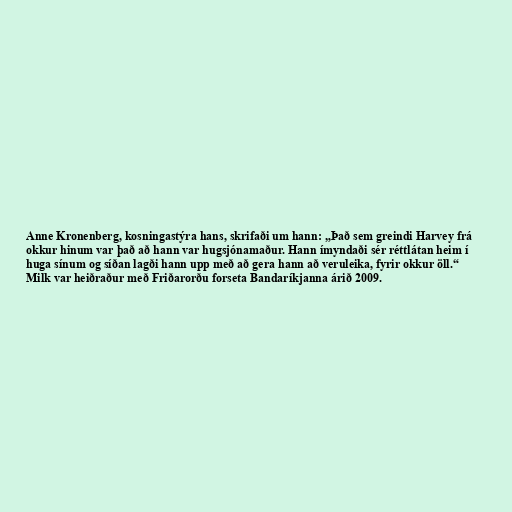
Anne Kronenberg, kosningastýra hans, skrifaði um hann: „Það sem greindi Harvey frá
okkur hinum var það að hann var hugsjónamaður. Hann ímyndaði sér réttlátan heim í
huga sínum og síðan lagði hann upp með að gera hann að veruleika, fyrir okkur öll.“
Milk var heiðraður með Friðarorðu forseta Bandaríkjanna árið 2009.